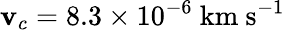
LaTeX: \mathbf{v}_{c}=8.3\times10^{-6}\ \mathrm{{km\ s^{-1}}}